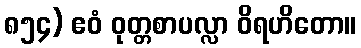
၈၅၄) ဧဝံ ဝုတ္တစာပလ္လာ ဝိရဟိတော။